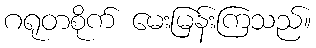
ဂရုတစိုက် မေးမြန်းကြသည်။